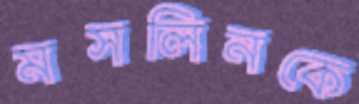
মসলিনকে